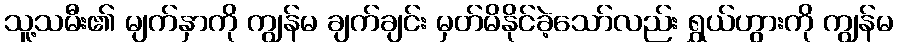
သူ့သမီး၏ မျက်နှာကို ကျွန်မ ချက်ချင်း မှတ်မိနိုင်ခဲ့သော်လည်း ရွှယ်ဟွားကို ကျွန်မ